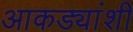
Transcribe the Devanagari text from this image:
आकड्यांशी